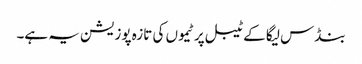
بنڈس لیگا کے ٹیبل پر ٹیموں کی تازہ پوزیشن یہ ہے۔